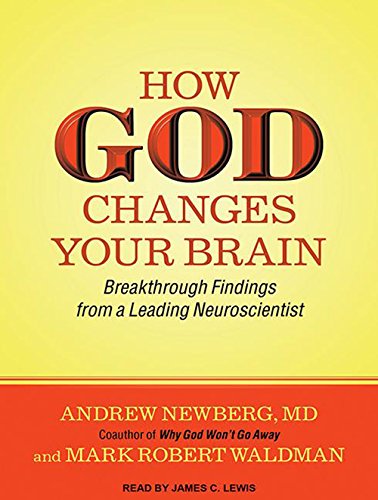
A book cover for How God Changes Your Brain: Breakthrough Findings from a Leading Neuroscientist; Andrew Newberg MD; Medical Books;